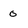
Character: 0